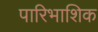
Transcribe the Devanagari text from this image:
पारिभाशिक